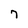
Character: 7